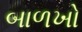
બાળખો